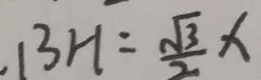
B H = \frac { \sqrt { 3 } } { 2 } x